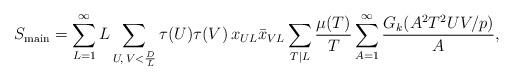
LaTeX: \begin{align*} S_{\mathrm{main}}=\sum_{L=1}^{\infty}L\sum_{U,\, V <\frac{D}{L}} \tau (U)\tau(V)\,x_{UL}\bar{x}_{VL}\sum_{T|L}\frac{\mu(T)}{T}\sum_{A=1}^{\infty}\frac{G_k(A^2T^2UV\slash p)}{A}, \end{align*}